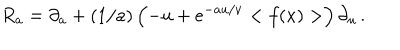
LaTeX: R _ { a } = \partial _ { a } + ( 1 / a ) \left( - u + e ^ { - a u / \nu } < f ( x ) > \right) \partial _ { u } \, .